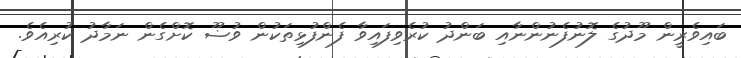
ބައިވެރީން މޫދުގެ ލޮނުފެނުންނާއި ބަންދު ކުރެވިފައިވާ ފެންފުޅިތަކުން ވުޟޫ ކޮށްގެން ނަމާދު ކުރިއެވެ.